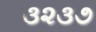
૩૨૩૭